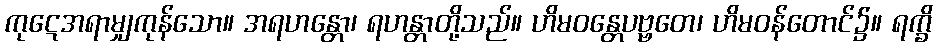
ကုဋေအရာမျှကုန်သော။ အရဟန္တော၊ ရဟန္တာတို့သည်။ ဟိမဝန္တေပဗ္ဗတေ၊ ဟိမဝန်တောင်၌။ ရက္ခိ